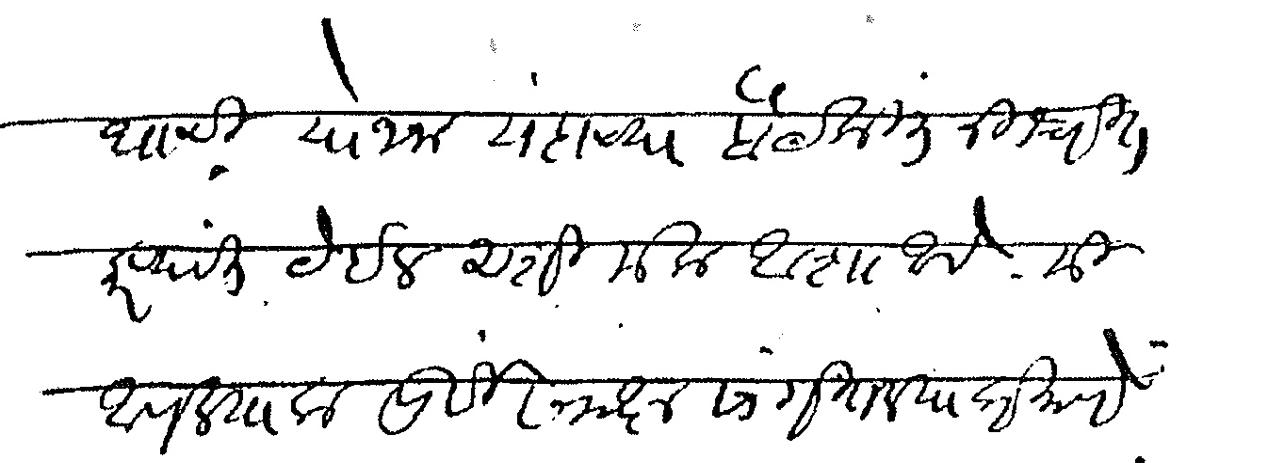
Transliteration (Devanagari): धाची योजना यंदाच्या बैठकीत निश्चित करण्यात येईल अशी मला आशा आहे मी आपल्याला पूर्वी समक्ष सांगितल्याप्रमाणे